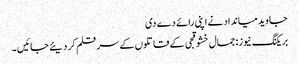
جاوید میانداد نے اپنی رائے دے دی
بریکنگ نیوز: جمال خشوقجی کے قاتلوں کے سر قلم کر دیئے جائیں ۔